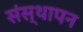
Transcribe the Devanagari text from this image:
संस्‍थापन